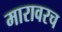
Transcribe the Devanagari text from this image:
मारावरच